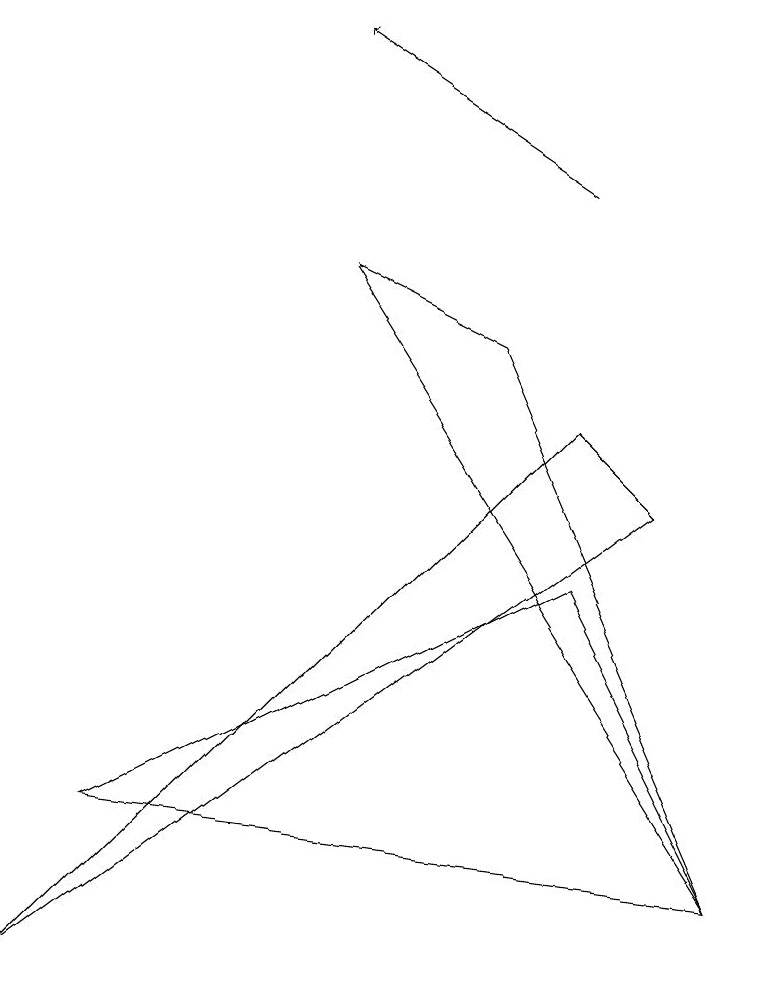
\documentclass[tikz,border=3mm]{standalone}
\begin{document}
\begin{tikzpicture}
\draw (9,1) -- (4,9) -- (6,8) -- cycle;
\draw (9,1) -- (1,2) -- (7,5) -- cycle;
\draw[->] (7,10) -- (4,12);
\draw (7,7) -- (0,0) -- (8,6) -- cycle;
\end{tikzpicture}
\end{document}